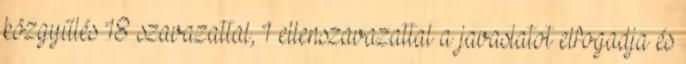
közgyűlés 18 szavazattal, 1 ellenszavazattal a javaslatot elfogadja és